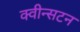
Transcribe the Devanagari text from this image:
क्वीन्सटन